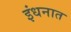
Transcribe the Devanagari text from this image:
इंधनात